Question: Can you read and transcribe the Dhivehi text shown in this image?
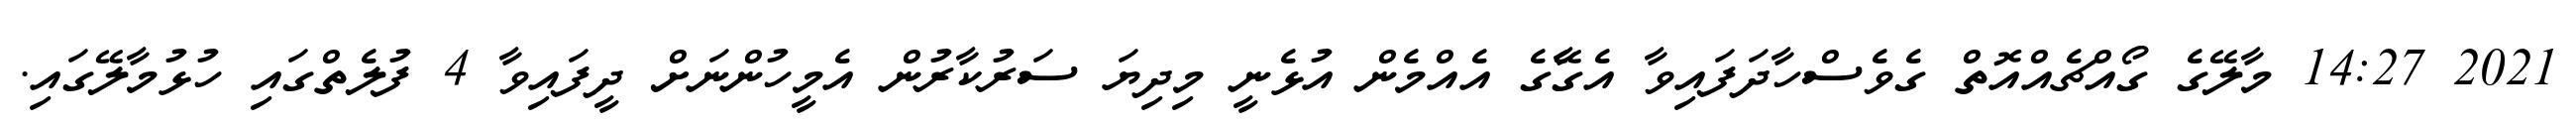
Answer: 2021 14:27 މާލޭގެ ގޯއްޗެއްއޮތް ގެވެސްހާދަފައިވާ އެގޭާގެ އެއްމެން އުޅެނީ މިދިޔަ ސަރުކާރުން އެމީހުންނަށް ދީފައިވާ 4 ފުލެތްގައި ހުޅުމާލޭގައި.